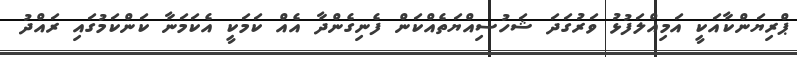
ޕްރިޔަންކާއަކީ އަމިއްލަފުޅު ވަރުގަދަ ޝަހުސިއްޔަތެއްކަން ފެނިގެންދާ އެއް ކަމަކީ އެކަމަނާ ކަންކަމުގައި ރައްދު